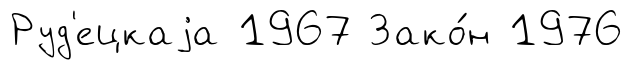
Руд'ецкаjа 1967 Зако́н 1976